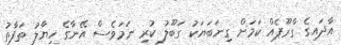
އާދައިގެ ގްރޫޕެއް ކަމަށް ގިނަބަޔަކު ގަބޫލު ކުރި ނަމަވެސް އޭނާގެ ހިޔާލު ތަފާތު